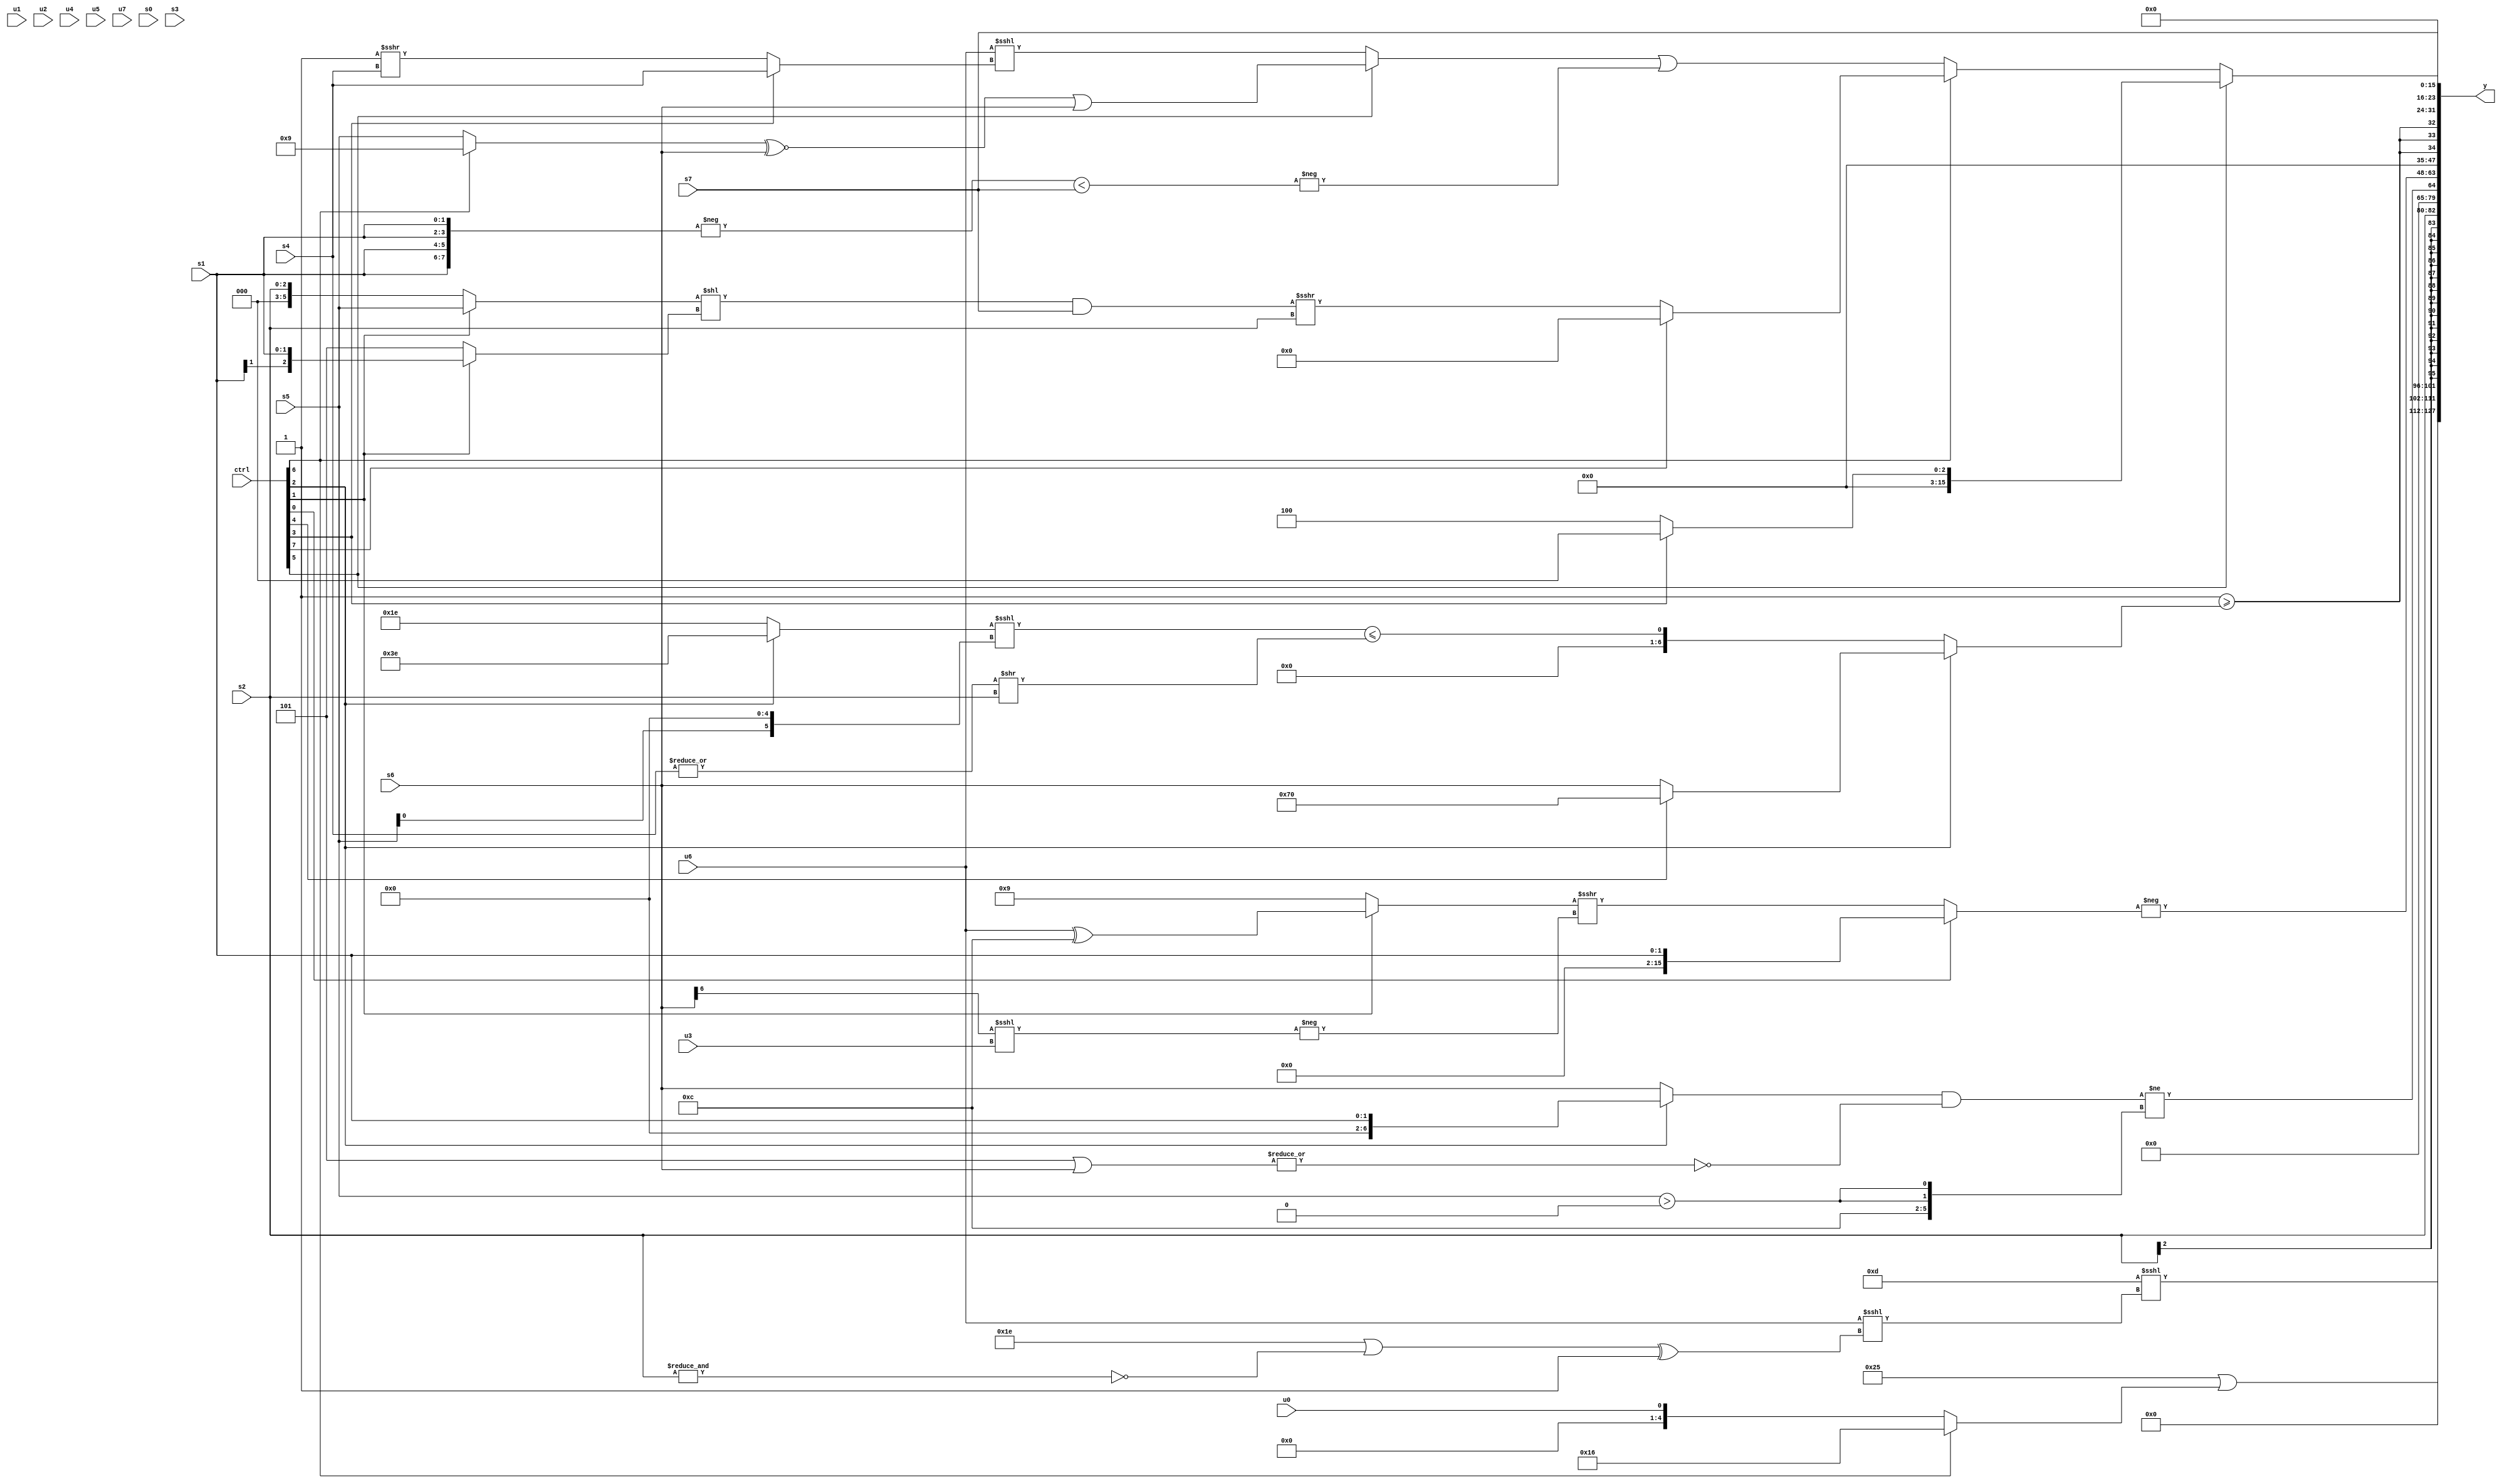
module wideexpr_00683(ctrl, u0, u1, u2, u3, u4, u5, u6, u7, s0, s1, s2, s3, s4, s5, s6, s7, y);
  input [7:0] ctrl;
  input [0:0] u0;
  input [1:0] u1;
  input [2:0] u2;
  input [3:0] u3;
  input [4:0] u4;
  input [5:0] u5;
  input [6:0] u6;
  input [7:0] u7;
  input signed [0:0] s0;
  input signed [1:0] s1;
  input signed [2:0] s2;
  input signed [3:0] s3;
  input signed [4:0] s4;
  input signed [5:0] s5;
  input signed [6:0] s6;
  input signed [7:0] s7;
  output [127:0] y;
  wire [15:0] y0;
  wire [15:0] y1;
  wire [15:0] y2;
  wire [15:0] y3;
  wire [15:0] y4;
  wire [15:0] y5;
  wire [15:0] y6;
  wire [15:0] y7;
  assign y = {y0,y1,y2,y3,y4,y5,y6,y7};
  assign y0 = (5'sb01101)<<<((u6)<<<(($signed($signed($unsigned((5'sb11110)|(~&(s2))))))^(1'sb1)));
  assign y1 = (6'sb100101)|((ctrl[6]?6'b010110:u0));
  assign y2 = s2;
  assign y3 = ($unsigned(((ctrl[2]?s1:$unsigned(s6)))&(~|((5'b00101)|(s6)))))!=({6'sb001100,{1{{2{(s5)>(2'sb00)}}}}});
  assign y4 = -((ctrl[0]?s1:+(+(((ctrl[1]?+((u6)^(4'b1100)):+({1{6'sb001001}})))>>>(-(((s6)>>>(5'sb10000))<<<((u3)>>(2'b00))))))));
  assign y5 = {3{(^(-({2{$unsigned({1'sb0,4'sb0110,4'sb0100})}})))>=((ctrl[2]?$signed((ctrl[4]?(ctrl[2]?(ctrl[2]?5'sb10000:4'sb0010):$signed(1'sb0)):s6)):(((ctrl[2]?2'sb10:$signed(6'sb011110)))<<<((s5)<<(-(3'b011))))<=(($signed(|(s4)))>>(s2))))}};
  assign y6 = $unsigned((s7)>>((($unsigned(3'b110))!=(3'b101))<<<(2'sb10)));
  assign y7 = (ctrl[5]?(ctrl[3]?1'sb0:3'sb100):(ctrl[6]?(ctrl[7]?(-($signed(~&(s4))))<<<(5'sb11010):((((ctrl[1]?s5:s2))<<((ctrl[1]?s1:3'sb101)))&($signed((ctrl[7]?s7:s7))))>>>(s2)):((ctrl[5]?(((ctrl[6]?4'sb1001:s5))^~($signed(s6)))|($signed($signed(s6))):($signed(u6))<<<((ctrl[3]?$signed(s4):(1'sb1)>>>(s4)))))|(-((-({4{s1}}))<(s7)))));
endmodule